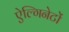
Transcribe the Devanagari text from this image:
ऐल्गिनेटों